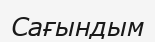
Сағындым